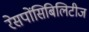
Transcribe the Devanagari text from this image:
रेसपोंसिबिलिटीज